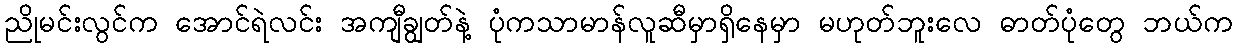
ညိုမင်းလွင်က အောင်ရဲလင်း အကျီချွတ်နဲ့ ပုံကသာမာန်လူဆီမှာရှိနေမှာ မဟုတ်ဘူးလေ ဓာတ်ပုံတွေ ဘယ်က